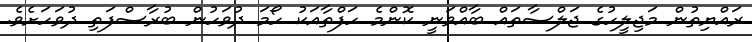
ރައްޔިތުން މަޖިލީހުގެ ޖަލްސާތައް ބާއްވަނީ ކޮންމެ ހަފްތާއަކު ހޯމަ ދުވަހުން ބުރާސްފަތި ދުވަހަށެވެ.